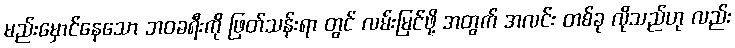
မည်းမှောင်နေသော ဘဝခရီးကို ဖြတ်သန်းရာ တွင် လမ်းမြင်ဖို့ အတွက် အလင်း တစ်ခု လိုသည်ဟု လည်း